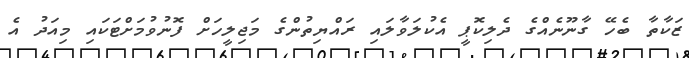
ޒަކާތާ ބެހޭ ގާނޫނެއްގެ ދެލިކޮޕީ އެކުލަވާލައި ރައްޔިތުންގެ މަޖިލީހަށް ފޮނުވުމަށްޓަކައި މިއަދު އެ